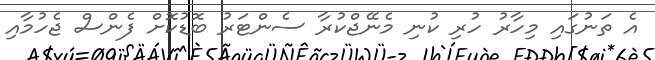
އެ ތަނުގައި މިހާރު ހުރި ކުނި މެނޭޖްކުރާ ސެންޓަރު ބޮޑުކޮށް ފެންސް ޖެހުމާއި